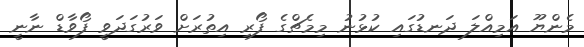
މެންޔޫ އަމިއްލަ ދަނޑުގައި ކުޅުނު މިމެޗްގެ ފޯރި އިތުރަށް ވަރުގަދަވީ ފޯވާޑް ނާނީ